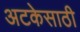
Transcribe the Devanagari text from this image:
अटकेसाठी